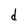
Character: d